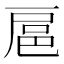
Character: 扈